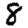
Digit: 8